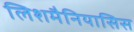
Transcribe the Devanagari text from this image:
लिशमैनियासिस